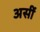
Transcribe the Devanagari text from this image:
असीं